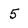
Character: 5